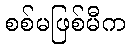
စစ်မဖြစ်မီက